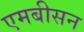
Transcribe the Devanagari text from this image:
एमबीसन